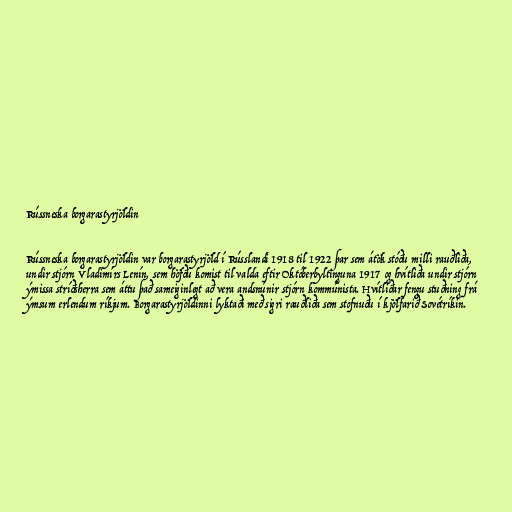
Rússneska borgarastyrjöldin

Rússneska borgarastyrjöldin var borgarastyrjöld í Rússlandi 1918 til 1922 þar sem átök stóðu milli rauðliða,
undir stjórn Vladimírs Lenín, sem höfðu komist til valda eftir Októberbyltinguna 1917 og hvítliða undir stjórn
ýmissa stríðsherra sem áttu það sameiginlegt að vera andsnúnir stjórn kommúnista. Hvítliðar fengu stuðning frá
ýmsum erlendum ríkjum. Borgarastyrjöldinni lyktaði með sigri rauðliða sem stofnuðu í kjölfarið Sovétríkin.